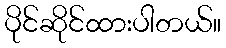
ပိုင်ဆိုင်ထားပါတယ်။